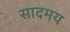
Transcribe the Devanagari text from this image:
सादमय